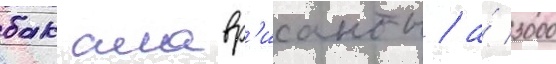
бакалавр'ианты / а́ 3000